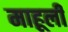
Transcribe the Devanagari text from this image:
माहूली